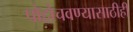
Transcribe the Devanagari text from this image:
पोहोचवण्यासाठीही